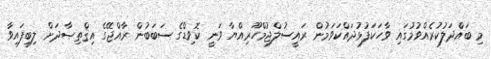
މި ބައްދަލުކުރެއްވުމުގައި ވާހަކަފުޅުދައްކަވަމުން ރައީސުލްޖުމްހޫރިއްޔާ ވަނީ ކޮވިޑްގެ ސަބަބުން ރާއްޖޭގެ އިޤްތިޞާދަށް ލިބިފައިވާ